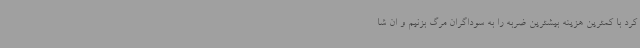
کرد با کمترین هزینه بیشترین ضربه را به سوداگران مرگ بزنیم و ان شا